Leaving Certificate, 1937
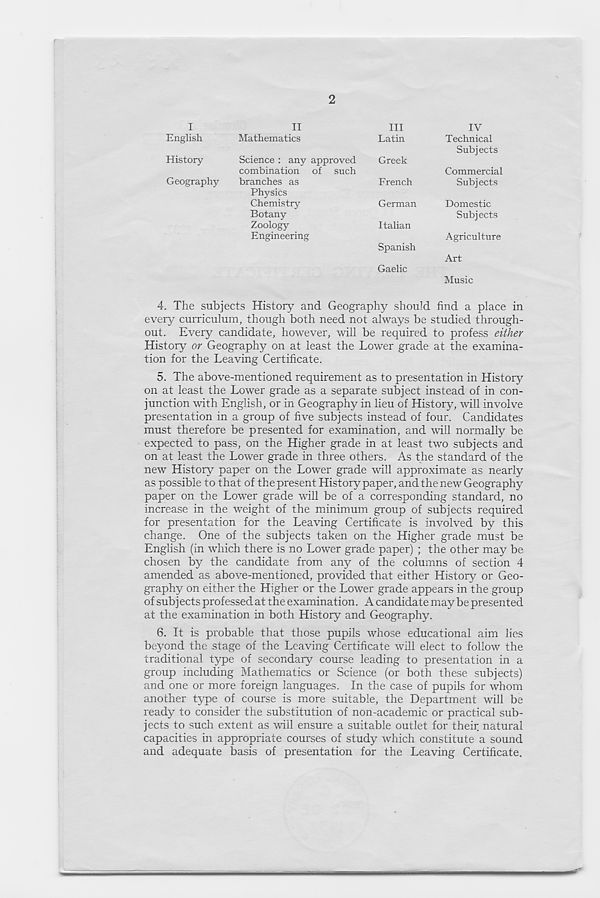
2
I
II
English
Mathematics
History
Science : any approved
combination of such
Geography
branches as
Physics
Chemistry
Botany
Zoology
Engineering
III
Latin
Greek
French
German
Italian
Spanish
Gaelic
IV
Technical
Subjects
Commercial
Subjects
Domestic
Subjects
Agriculture
Art
Music
4. The subjects History and Geography should find a place in
every curriculum, though both need not always be studied through-
out. Every candidate, however, will be required to profess either
History or Geography on at least the Lower grade at the examina-
tion for the Leaving Certificate.
5. The above-mentioned requirement as to presentation in History
on at least the Lower grade as a separate subject instead of in con-
junction with English, or in Geography in lieu of History, will involve
presentation in a group of five subjects instead of four. Candidates
must therefore be presented for examination, and will normally be
expected to pass, on the Higher grade in at least two subjects and
on at least the Lower grade in three others. As the standard of the
new History paper on the Lower grade will approximate as nearly
as possible to that of the present History paper, and the new Geography
paper on the Lower grade will be of a corresponding standard, no
increase in the weight of the minimum group of subjects required
for presentation for the Leaving Certificate is involved by this
change. One of the subjects taken on the Higher grade must be
English (in which there is no Lower grade paper) ; the other may be
chosen by the candidate from any of the columns of section 4
amended as above-mentioned, provided that either History or Geo-
graphy on either the Higher or the Lower grade appears in the group
of subj ects professed at the examination. A candidate may be presented
at the examination in both History and Geography.
6. It is probable that those pupils whose educational aim lies
beyond the stage of the Leaving Certificate will elect to follow the
traditional type of secondary course leading to presentation in a
group including Mathematics or Science (or both these subjects)
and one or more foreign languages. In the case of pupils for whom
another type of course is more suitable, the Department will be
ready to consider the substitution of non-academic or practical sub-
jects to such extent as will ensure a suitable outlet for their natural
capacities in appropriate courses of study which constitute a sound
and adequate basis of presentation for the Leaving Certificate.